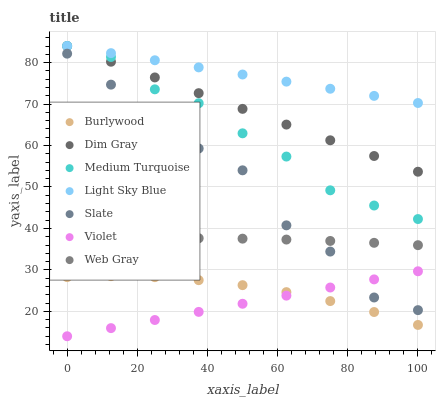
| xaxis_label | Burlywood | Dim Gray | Medium Turquoise | Light Sky Blue | Slate | Violet | Web Gray |
 | --- | --- | --- | --- | --- | --- | --- | --- |
 | 0 | 28.3 | 84 | 84 | 84 | 82.2 | 14 | 37.2 |
 | 12.5 | 28.5 | 80.2 | 81.4 | 82.3 | 74.7 | 16 | 37.5 |
 | 25 | 28.3 | 76.4 | 73.6 | 80.6 | 66 | 17.9 | 37.6 |
 | 37.5 | 27.5 | 72.6 | 70.2 | 78.8 | 59.3 | 19.9 | 37.6 |
 | 50 | 26.3 | 68.8 | 62.9 | 77.1 | 54 | 21.8 | 37.5 |
 | 62.5 | 24.6 | 65.1 | 57.3 | 75.4 | 40.7 | 23.8 | 37.3 |
 | 75 | 22.5 | 61.3 | 49.2 | 73.7 | 34.4 | 25.8 | 37 |
 | 87.5 | 19.8 | 57.5 | 45.5 | 72 | 23.3 | 27.7 | 36.5 |
 | 100 | 16.7 | 53.7 | 42.3 | 70.3 | 20.3 | 29.7 | 36 |